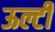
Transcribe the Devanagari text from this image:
ऊल्टी